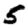
Digit: 5